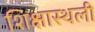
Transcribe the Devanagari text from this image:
शिक्षास्थली